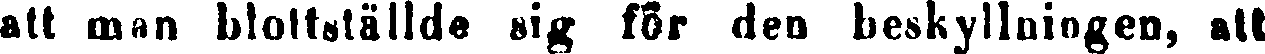
att man blottställde sig för den beskyllningen, att